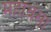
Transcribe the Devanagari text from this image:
महावंसा